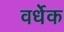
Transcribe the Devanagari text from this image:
वर्धेक